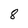
Character: 8